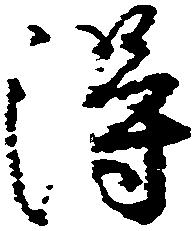
得